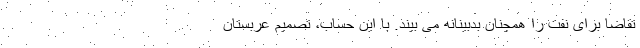
تقاضا برای نفت را همچنان بدبینانه می بیند. با این حساب، تصمیم عربستان